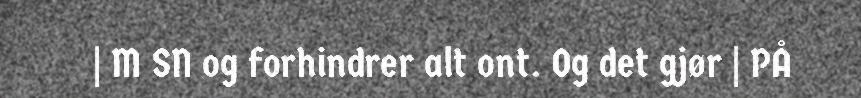
| M SN og forhindrer alt ont. Og det gjør | PÅ